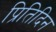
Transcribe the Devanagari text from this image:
प्रितिदिन